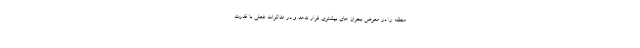
منطقه را در معرض بحران های بیشتری قرار ندهد و در مذاکرات فعلی با قدرت